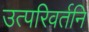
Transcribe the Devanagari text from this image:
उत्परिवर्तनि